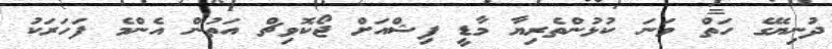
ދުނިޔޭގެ ހަތް ވަނަ ކުޅުންތެރިޔާ މާޑީ ފިޝްއަށް ޖޯކޮވިޗް އަތުން އެންމެ ފަހަރަކު